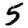
Digit: 5